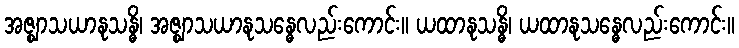
အဇ္ဈာသယာနုသန္ဓိ၊ အဇ္ဈာသယာနုသန္ဓေလည်းကောင်း။ ယထာနုသန္ဓိ၊ ယထာနုသန္ဓေလည်းကောင်း။